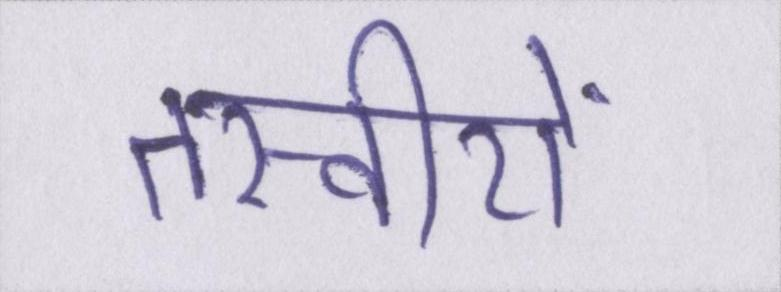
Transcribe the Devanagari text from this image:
तस्वीरों